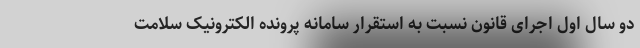
دو سال اول اجرای قانون نسبت به استقرار سامانه پرونده الکترونیک سلامت